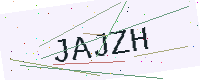
Text: JAJZH